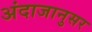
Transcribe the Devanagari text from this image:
अंदाजानुसर